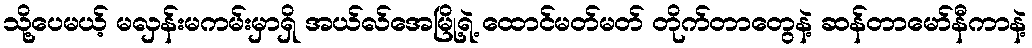
သို့ပေမယ့် မလှန်းမကမ်းမှာရှိ အယ်လ်အေမြို့ရဲ့ ထောင်မတ်မတ် တိုက်တာတွေနဲ့ ဆန်တာမော်နီကာနဲ့